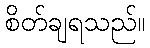
စိတ်ချရသည်။